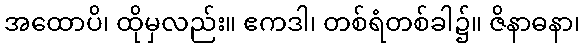
အထောပိ၊ ထိုမှလည်း။ ဧကဒါ၊ တစ်ရံတစ်ခါ၌။ ဇိနာဓနာ၊